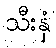
သီးနှံ